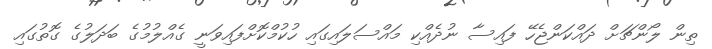
ތިން ލޯންޗަށް ދައްކަންޖެހޭ ފައިސާ ނުދެއްކި މައްސަލައިގައި ހުކުމްކޮށްފައިވަނީ ގެއްލުމުގެ ބަދަލުގެ ގޮތުގައިި